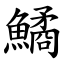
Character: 鱊